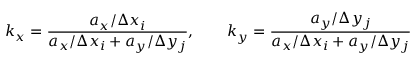
k _ { x } = \frac { a _ { x } / \Delta x _ { i } } { a _ { x } / \Delta x _ { i } + a _ { y } / \Delta y _ { j } } , \qquad k _ { y } = \frac { a _ { y } / \Delta y _ { j } } { a _ { x } / \Delta x _ { i } + a _ { y } / \Delta y _ { j } }